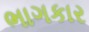
ભાગકાર